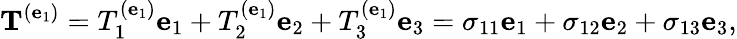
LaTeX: \mathbf{T}^{(\mathbf{e}_{1})}=T_{1}^{(\mathbf{e}_{1})}\mathbf{e}_{1}+T_{2}^{(\mathbf{e}_{1})}\mathbf{e}_{2}+T_{3}^{(\mathbf{e}_{1})}\mathbf{e}_{3}=\sigma_{11}\mathbf{e}_{1}+\sigma_{12}\mathbf{e}_{2}+\sigma_{13}\mathbf{e}_{3},